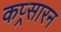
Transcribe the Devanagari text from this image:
कप्र्सारन